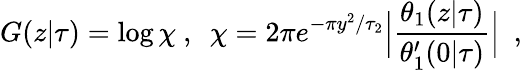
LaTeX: G(z\vert\tau)=\log\chi\ ,\ \ \chi=2\pi e^{-\pi y^{2}/\tau_{2}}\Bigl\vert{\frac{\theta_{1}(z\vert\tau)}{\theta_{1}^{\prime}(0\vert\tau)}}\Bigr\vert\ \ ,